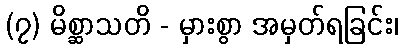
(၇) မိစ္ဆာသတိ - မှားစွာ အမှတ်ရခြင်း၊